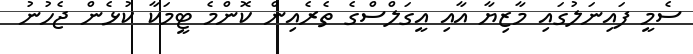
ސެމީ ފައިނަލުގައި މާޒިޔާ އާއި އީގަލްސްގެ ތެރެއިން ކޮންމެ ޓީމަކާ ކުޅެން ޖެހުނު